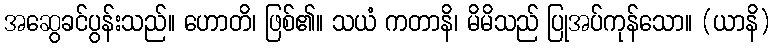
အဆွေခင်ပွန်းသည်။ ဟောတိ၊ ဖြစ်၏။ သယံ ကတာနိ၊ မိမိသည် ပြုအပ်ကုန်သော။ (ယာနိ)